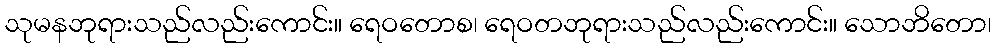
သုမနဘုရားသည်လည်းကောင်း။ ရေဝတောစ၊ ရေဝတဘုရားသည်လည်းကောင်း။ သောဘိတော၊